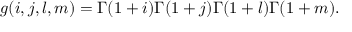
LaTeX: g ( i , j , l , m ) = \Gamma ( 1 + i ) \Gamma ( 1 + j ) \Gamma ( 1 + l ) \Gamma ( 1 + m ) .